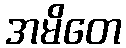
အမိတေ